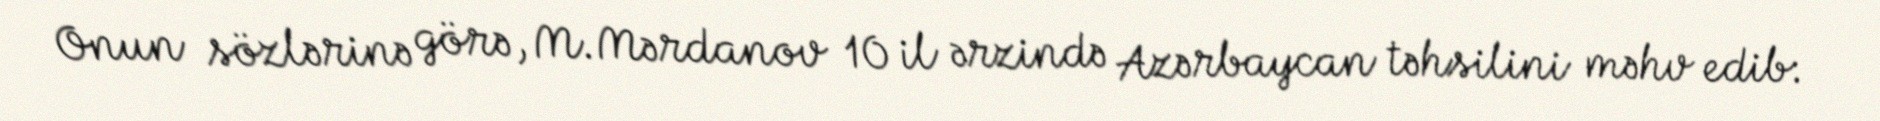
Onun sözlərinə görə, M.Mərdanov 10 il ərzində Azərbaycan təhsilini məhv edib: